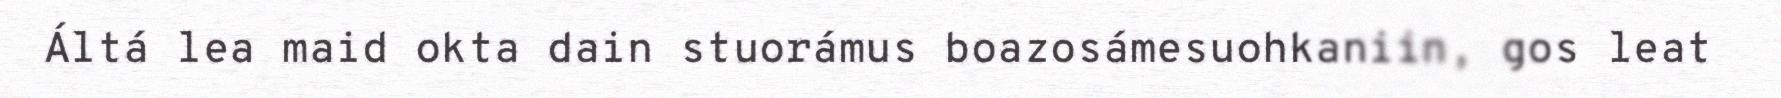
Áltá lea maid okta dain stuorámus boazosámesuohkaniin, gos leat